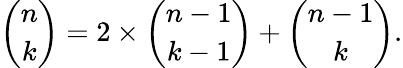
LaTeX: {\binom{n}{k}}=2\times{\binom{n-1}{k-1}}+{\binom{n-1}{k}}.